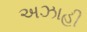
અઝાહી